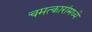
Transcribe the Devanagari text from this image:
चमत्कारांमध्ये